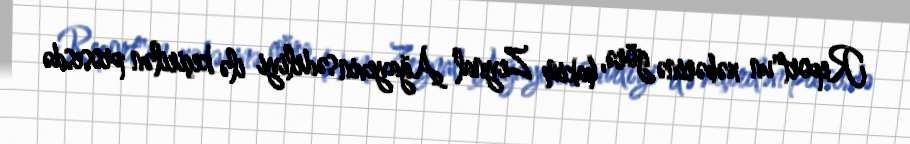
Report"un xəbərinə görə, hakim Zeynal Ağayevin sədrliyi ilə keçirilən prosesdə